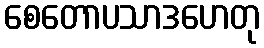
စေတောပသာဒဟေတု